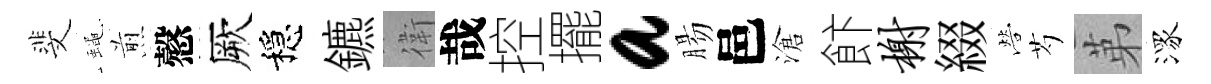
斐蠅煎慤厥穩鑣衛哉控擺a腸邑滄飰榭綴營芍苐潈